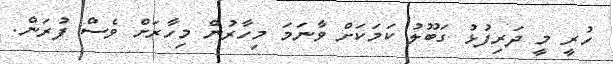
ހުރީ މީ ދަރިފުޅު ގަބޫލު ކަމަކަށް ވާނަމަ މިހާރުން މިހާރަށް ވެސް ފުރަން.